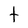
Character: t